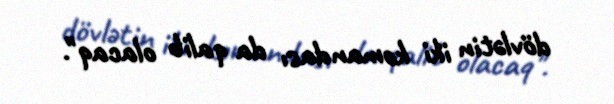
dövlətin iki komandası da qalib olacaq".